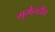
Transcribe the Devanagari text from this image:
गुगेनहीम